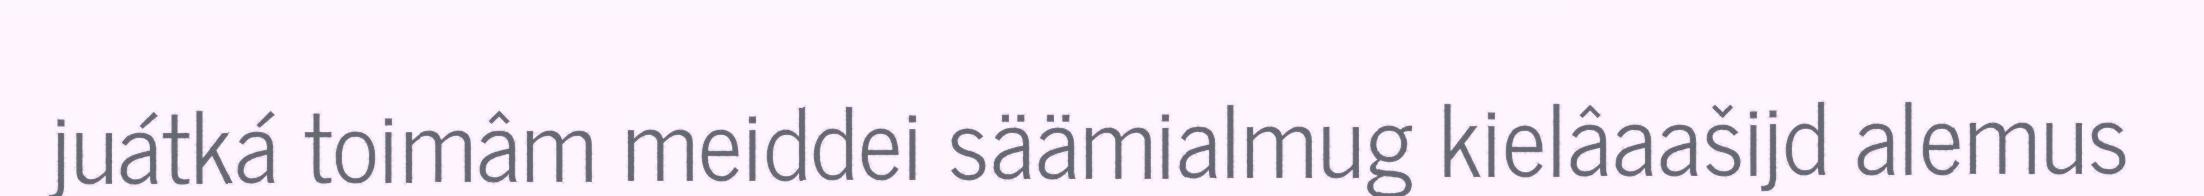
juátká toimâm meiddei säämialmug kielâaašijd alemus